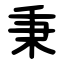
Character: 秉